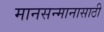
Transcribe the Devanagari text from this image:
मानसन्मानासाठी